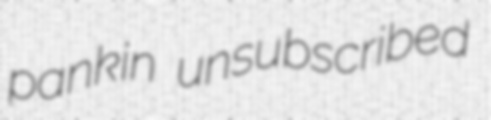
pankin unsubscribed